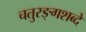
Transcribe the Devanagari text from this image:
चतुरङ्गशब्दे